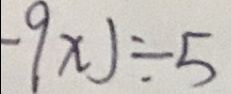
- 9 x ) - 5